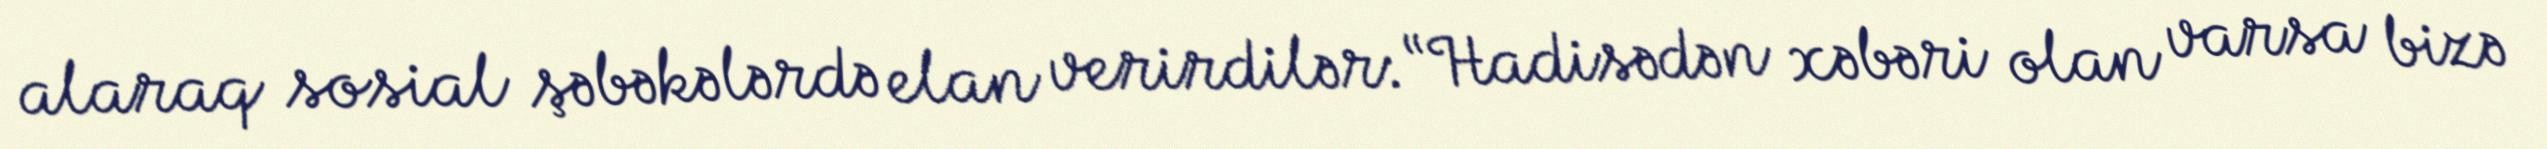
alaraq sosial şəbəkələrdə elan verirdilər: “Hadisədən xəbəri olan varsa bizə